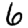
Digit: 6